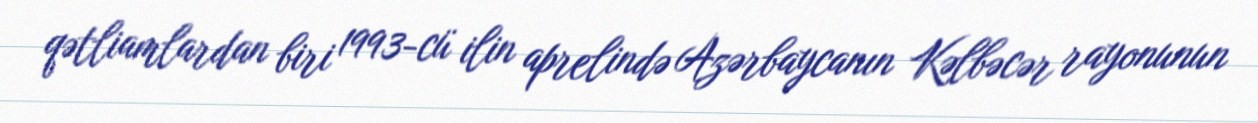
qətliamlardan biri 1993-cü ilin aprelində Azərbaycanın Kəlbəcər rayonunun